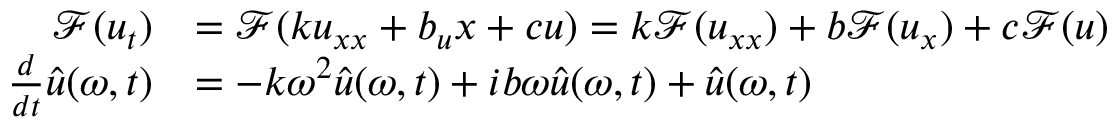
\begin{array} { r l } { \mathcal { F } ( u _ { t } ) } & { = \mathcal { F } ( k u _ { x x } + b _ { u } { x } + c u ) = k \mathcal F ( u _ { x x } ) + b \mathcal F ( u _ { x } ) + c \mathcal F ( u ) } \\ { \frac { d } { d t } \hat { u } ( \omega , t ) } & { = - k \omega ^ { 2 } \hat { u } ( \omega , t ) + i b \omega \hat { u } ( \omega , t ) + \hat { u } ( \omega , t ) } \end{array}